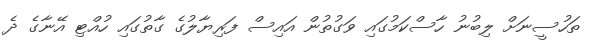
ތަހުސީނަށް ލިބުނު ހާސްކަމުގައި ވަގުތުން އައިސް ފަރިޔާލުގެ ގާތުގައި ހުއްޓި އޭނާގެ ދެ